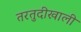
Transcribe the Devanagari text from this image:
तरतुदीखाली